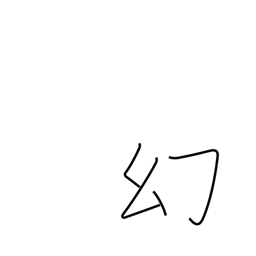
Meaning: apparition